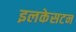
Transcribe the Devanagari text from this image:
इलकेसटन